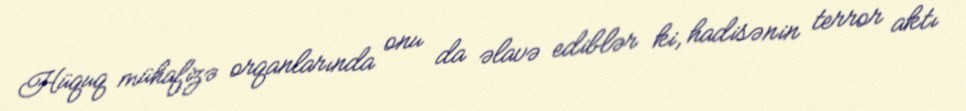
Hüquq mühafizə orqanlarında onu da əlavə ediblər ki, hadisənin terror aktı